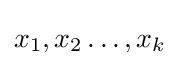
x_{1},x_{2}\dots ,x_{k}